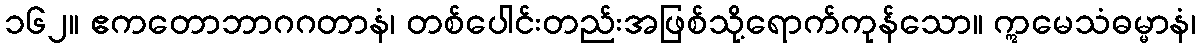
၁၆၂။ ဧကတောဘာဂဂတာနံ၊ တစ်ပေါင်းတည်းအဖြစ်သို့ရောက်ကုန်သော။ ဣမေသံဓမ္မာနံ၊